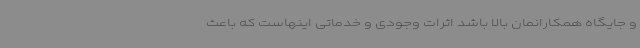
و جایگاه همکارانمان بالا باشد اثرات وجودی و خدماتی اینهاست که باعث